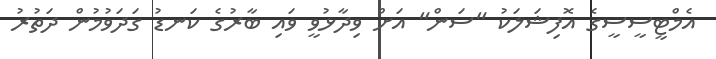
އެމްޓީސީސީގެ އޮފިޝަލަކު "ސަން" އަށް ވިދާޅުވީ ވައި ބާރުގެ ކަނޑު ގަދަވުމުން ދަތުރު